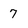
Character: 7